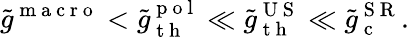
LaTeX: \tilde{g}^{\mathrm{~m~a~c~r~o~}}<\tilde{g}_{\mathrm{~t~h~}}^{\mathrm{~p~o~l~}}\ll\tilde{g}_{\mathrm{~t~h~}}^{\mathrm{~U~S~}}\ll\tilde{g}_{\mathrm{~c~}}^{\mathrm{~S~R~}}.